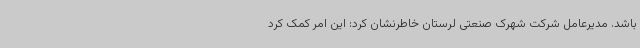
باشد. مدیرعامل شرکت شهرک صنعتی لرستان خاطرنشان کرد: این امر کمک کرد